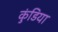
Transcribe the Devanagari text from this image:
कुंडिया